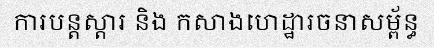
ការបន្តស្តារ និង កសាងហេដ្ឋារចនាសម្ព័ន្ធ